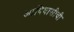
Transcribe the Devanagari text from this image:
आदिवासीची